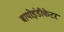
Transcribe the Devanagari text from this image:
बायोइंडीकेटर